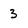
Character: 3